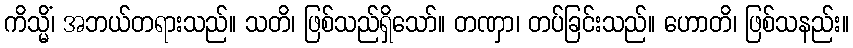
ကိသ္မိံ၊ အဘယ်တရားသည်။ သတိ၊ ဖြစ်သည်ရှိသော်။ တဏှာ၊ တပ်ခြင်းသည်။ ဟောတိ၊ ဖြစ်သနည်း။